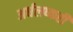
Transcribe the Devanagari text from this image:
अर्धलष्करी